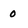
Character: 0